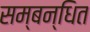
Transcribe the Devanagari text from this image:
सम्‍बन्‍धित